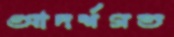
আদর্শগত